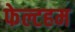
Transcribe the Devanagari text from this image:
फेल्टहम